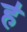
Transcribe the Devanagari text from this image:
ह॑